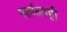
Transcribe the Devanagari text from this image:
पर्ललाही